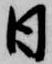
日